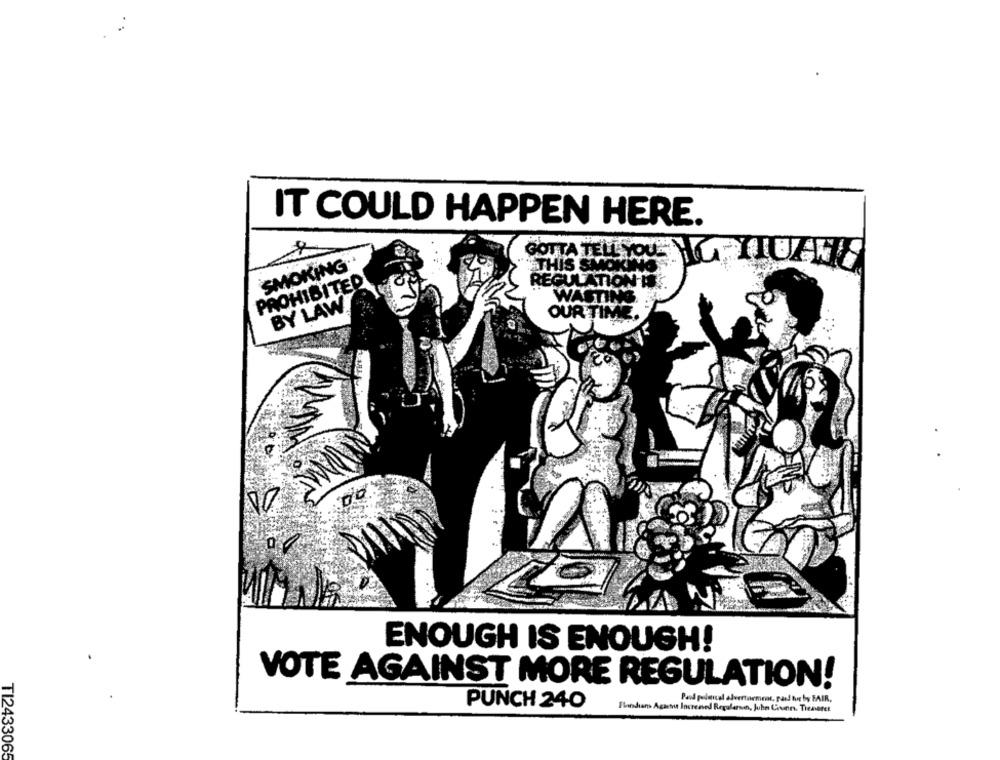
IT COULD HAPPEN HERE.
SMOKING
"THIS SMO
GOTTA TELL OUANTIUZTI
PROHIBITED
REGULATION'IT
WASTING
BY LAW
OUR TIME
ENOUGH IS ENOUGH!
VOTE AGAINST MORE REGULATION!
Pand pelensal advertarmene, pard tur By FAIR,
PUNCH 240
Elindians Agastu Increased Regularson, Juhn Conn. Tienater
T12433065